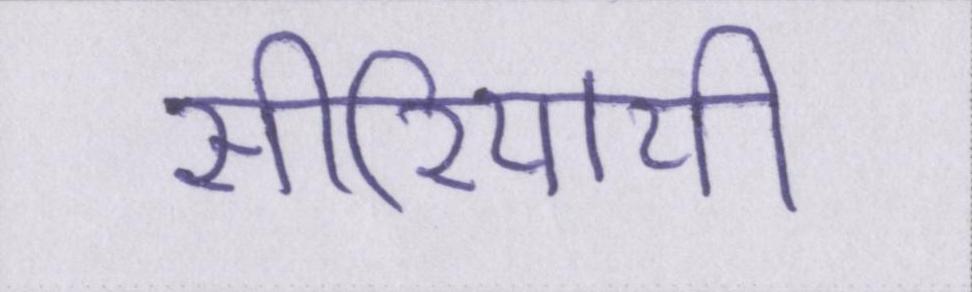
सीरियायी